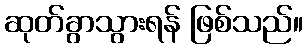
ဆုတ်ခွာသွားရန် ဖြစ်သည်။